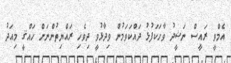
އެމްވީ ރައީސް ނަޝީދު ވާހަކަފުޅު ދައްކަވަމުން ވިދާޅުވީ ދިވެހި ރައްޔިތުންނަށް ހައްޤީ މިއަދު